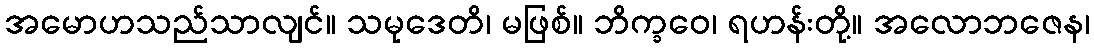
အမောဟသည်သာလျင်။ သမုဒေတိ၊ မဖြစ်။ ဘိက္ခဝေ၊ ရဟန်းတို့။ အလောဘဇေန၊